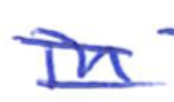
Text: in
Cross-out: double-line
Writing tool: ballpoint